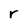
Character: r